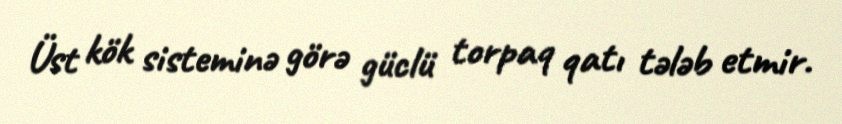
Üst kök sisteminə görə güclü torpaq qatı tələb etmir.